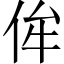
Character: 侔